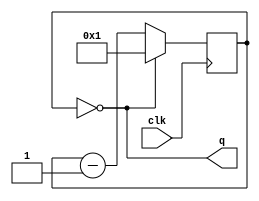
module psc4 #(
	parameter div = 4'b1
) (
	input clk, 
	output q
);

	reg [3:0] cnt = div;
	
	assign q = cnt == 4'b0;
	
	always @(negedge clk) begin
		cnt <= cnt == 4'b0 ? div : (cnt - 4'b1);
	end

endmodule